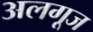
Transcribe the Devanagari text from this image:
अलगूज